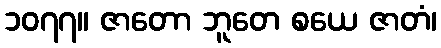
၁၀၇၇။ ဇာတော ဘူတေ စယေ ဇာတံ၊